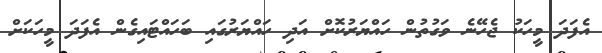
އެފަދަ މީހަކު ޖެހޭނެ ވަގުތުން ހައްޔަރުކޮށް އަދި ހައްޔަރުގައި ބަހައްޓައިގެން އެފަދަ މީހަކަށް